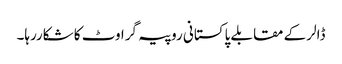
ڈالر کے مقابلے پاکستانی روپیہ گراوٹ کا شکاررہا۔